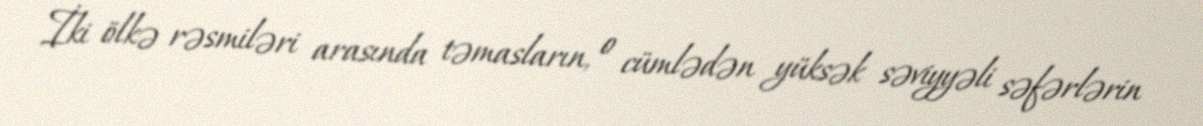
İki ölkə rəsmiləri arasında təmasların, o cümlədən yüksək səviyyəli səfərlərin